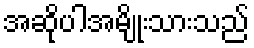
အဆိုပါအမျိုးသားသည်